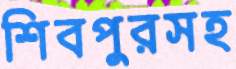
শিবপুরসহ